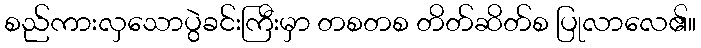
စည်ကားလှသောပွဲခင်းကြီးမှာ တစတစ တိတ်ဆိတ်စ ပြုလာလေ၏။